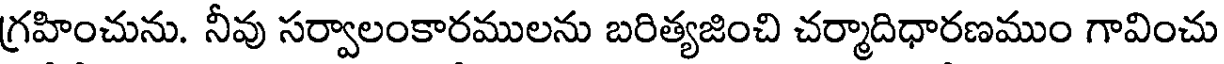
గ్రహించును. నీవు సర్వాలంకారములను బరిత్యజించి చర్మాదిధారణముం గావించు